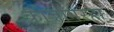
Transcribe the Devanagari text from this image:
कोजागरहा